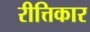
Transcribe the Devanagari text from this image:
रीत्तिकार